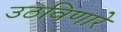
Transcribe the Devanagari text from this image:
उठविणारे